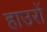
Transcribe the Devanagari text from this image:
हाउरों